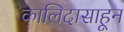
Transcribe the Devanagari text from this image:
कालिदासाहून